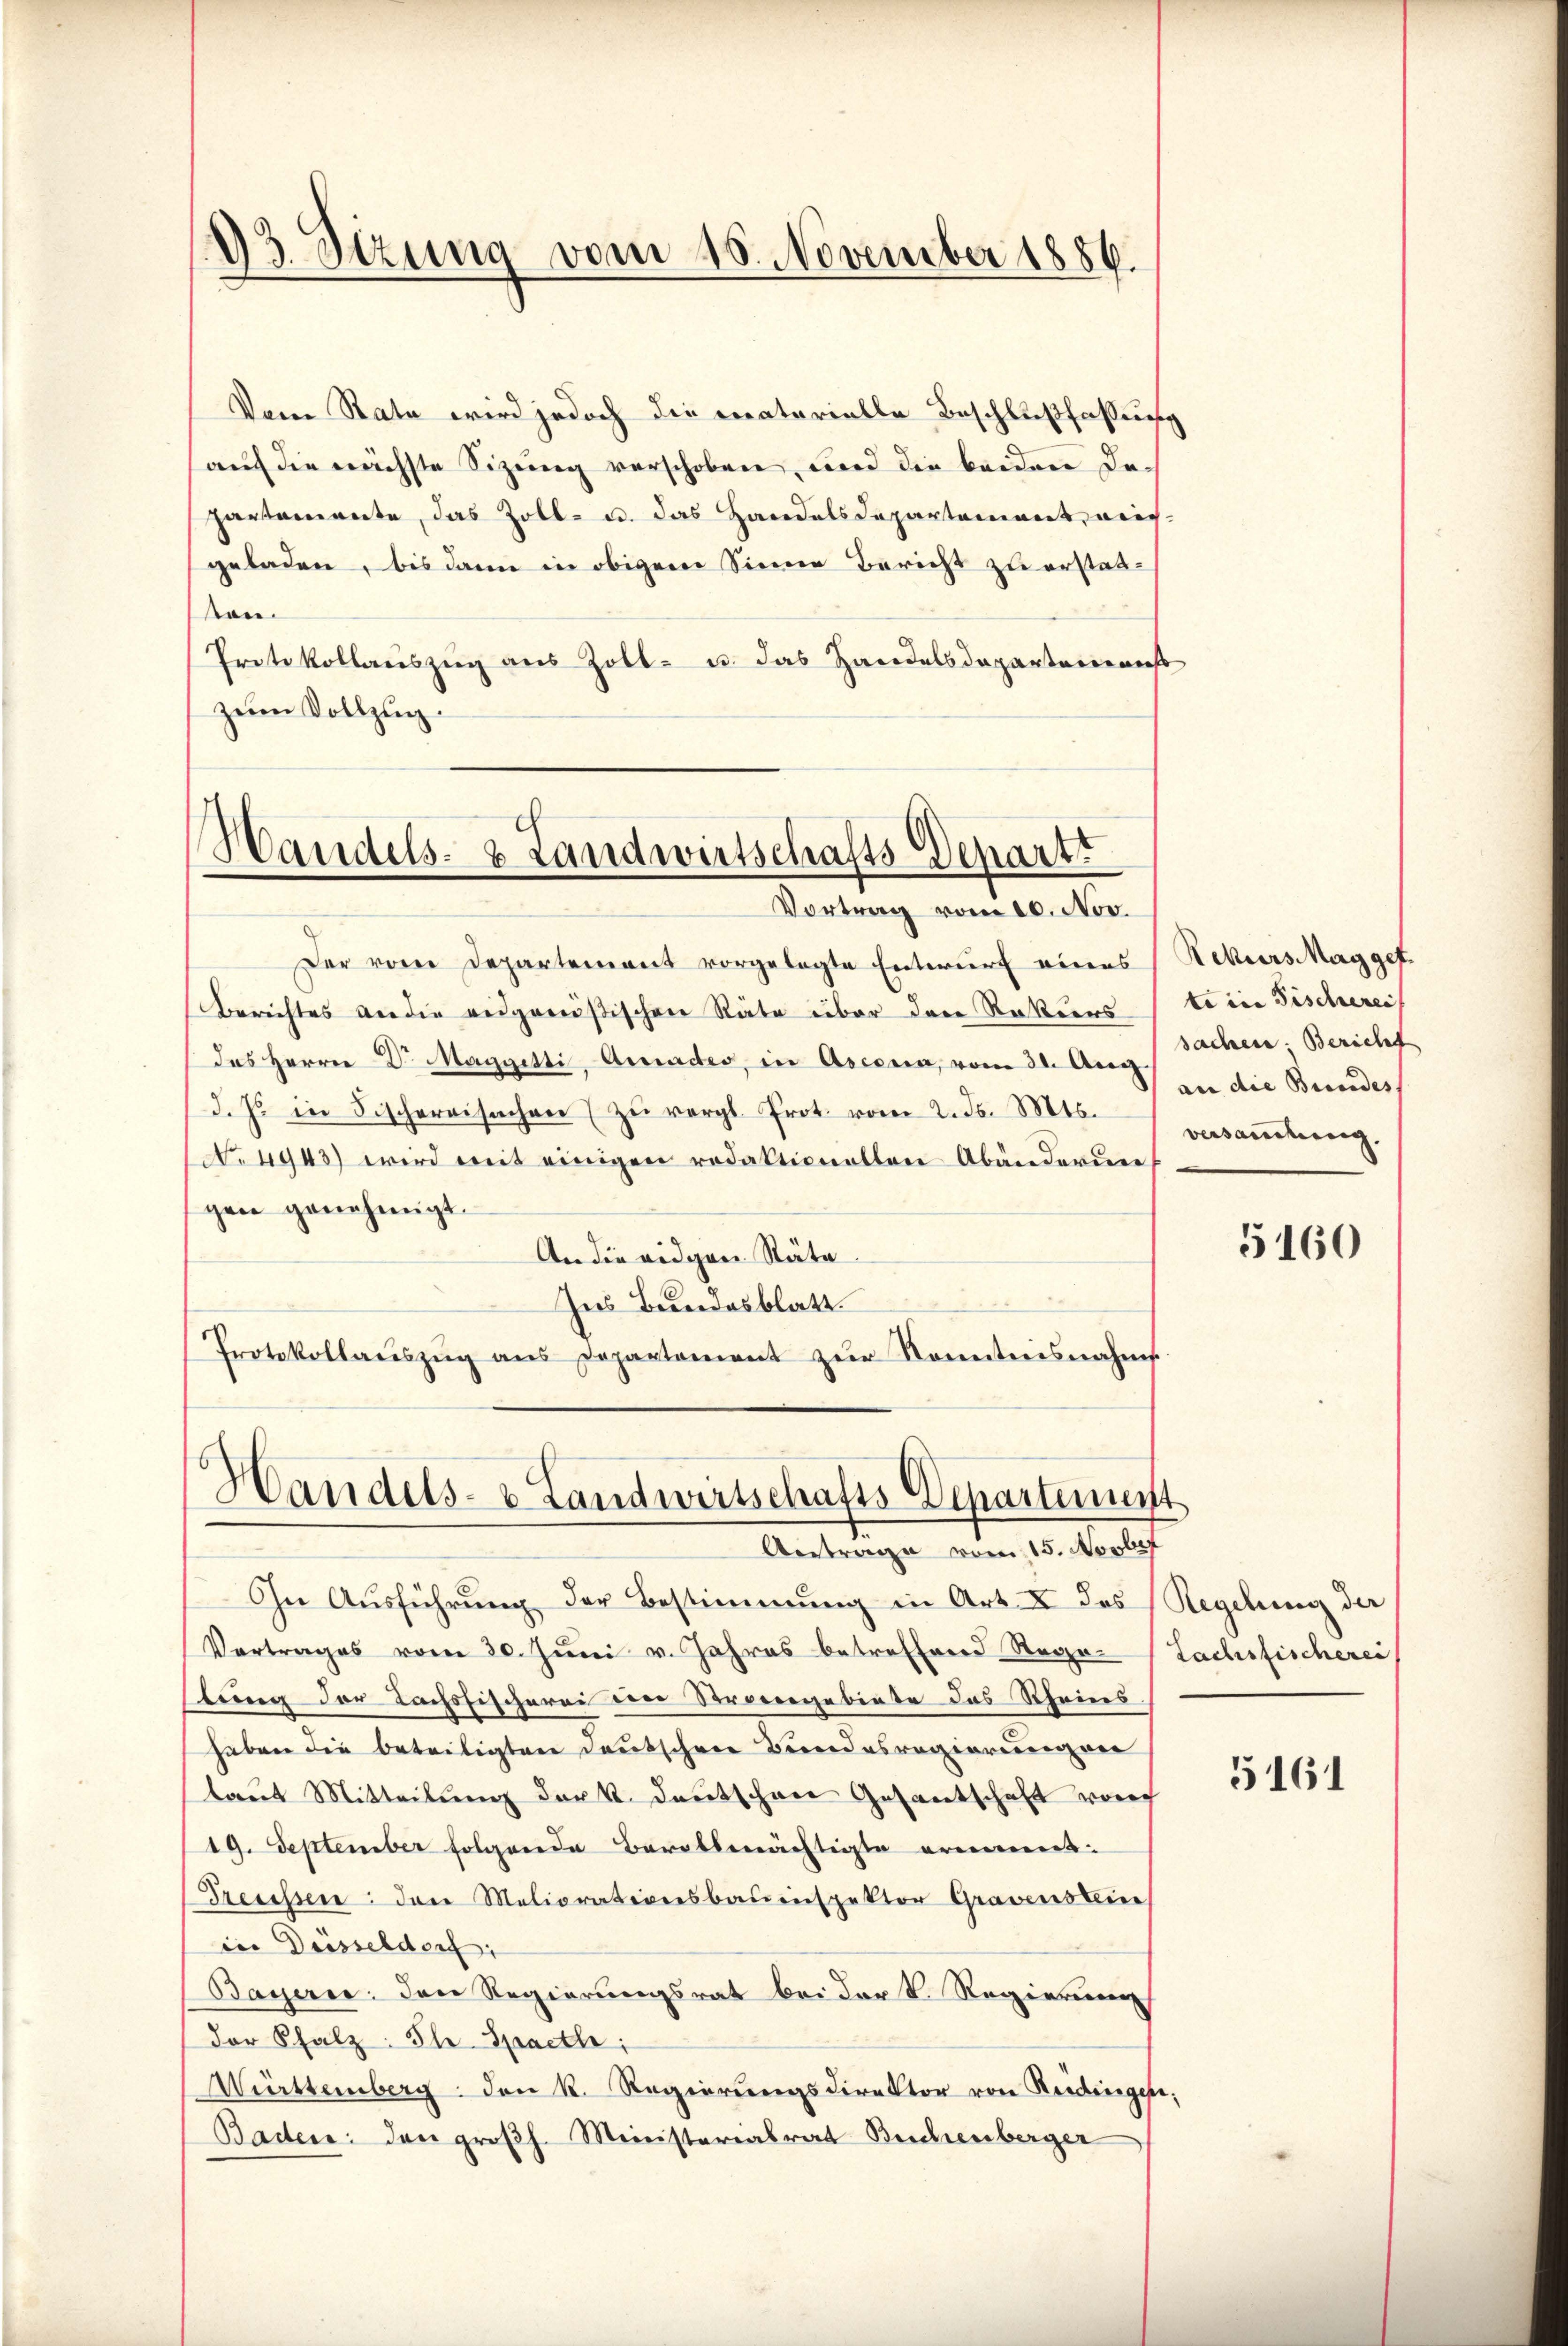
geladen, bis dann in obigem Sinne Bericht zu erstatson.
Protokollaŭszŭg aŭs Zoll- u. das Handelsdepartareraus
zum Vollzug.

d3 Sizung vom 18. November 1886.

Handels- & Landwirtschafts-Depart
Vortrag vom 10. Nov.

Der vom Departement vorgelegte Entwurf eines
Berichtes an die eidgenößischen Räte über der Rekurs
das Herrn Dr. Maggetti, Gerades, in Ascona, vom 31. Aug.
d. Js in Fischereisachen zŭ vergl. Prot. vom 2. d. Mts.
No. 4943) wird mit einigen redaktionellen Abänderun
gen genehmigt.
An die eidgen Räte.
Ins Bundesblatt.
Protokollaŭszŭg ans Departement zŭr Kenntnisnahms-

Handels- & Landwirtschafts Departement
Aertrage vom 15. Novbef

Vom Rate wird jedoch die materielle Beschlußfassung
auf die nächste Sizung verschoben, und die beiden Departemente, das Zoll- u. das Handelsdepartement, wieg¬

Ihn Ausführung der Bestimmung in Art. I des Regelung der
Vertrages vom 30. Juni v. Jahres betroffend Rege-Lachsfischerei
stung der Lachsfischerei der Stroriegebiete das Rheins
haben die beteiligten Deutschen Bundesregierungen
laut Mitteilung der k. Deutschen Gesantschaft vor
19. September folgende Bevollmächtigte erinnent.
Trecessen: den Meliorationsbauenspektor Gravenstein
in Düsseldorf:
Bayerne: den Regierungsrat bei der k. Regierung
der Schatz: Ihr Spactle;
Württemberg. den k. Regierungsdirektor von Redingehe;
Baden: den großh. Ministerialrat Buchenberger

Rekurs May gef
te in Fischerei
sachen Bericht
an die Beendes
vesandlung

5160

5161